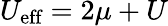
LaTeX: U_{\textrm{eff}}=2\mu+U